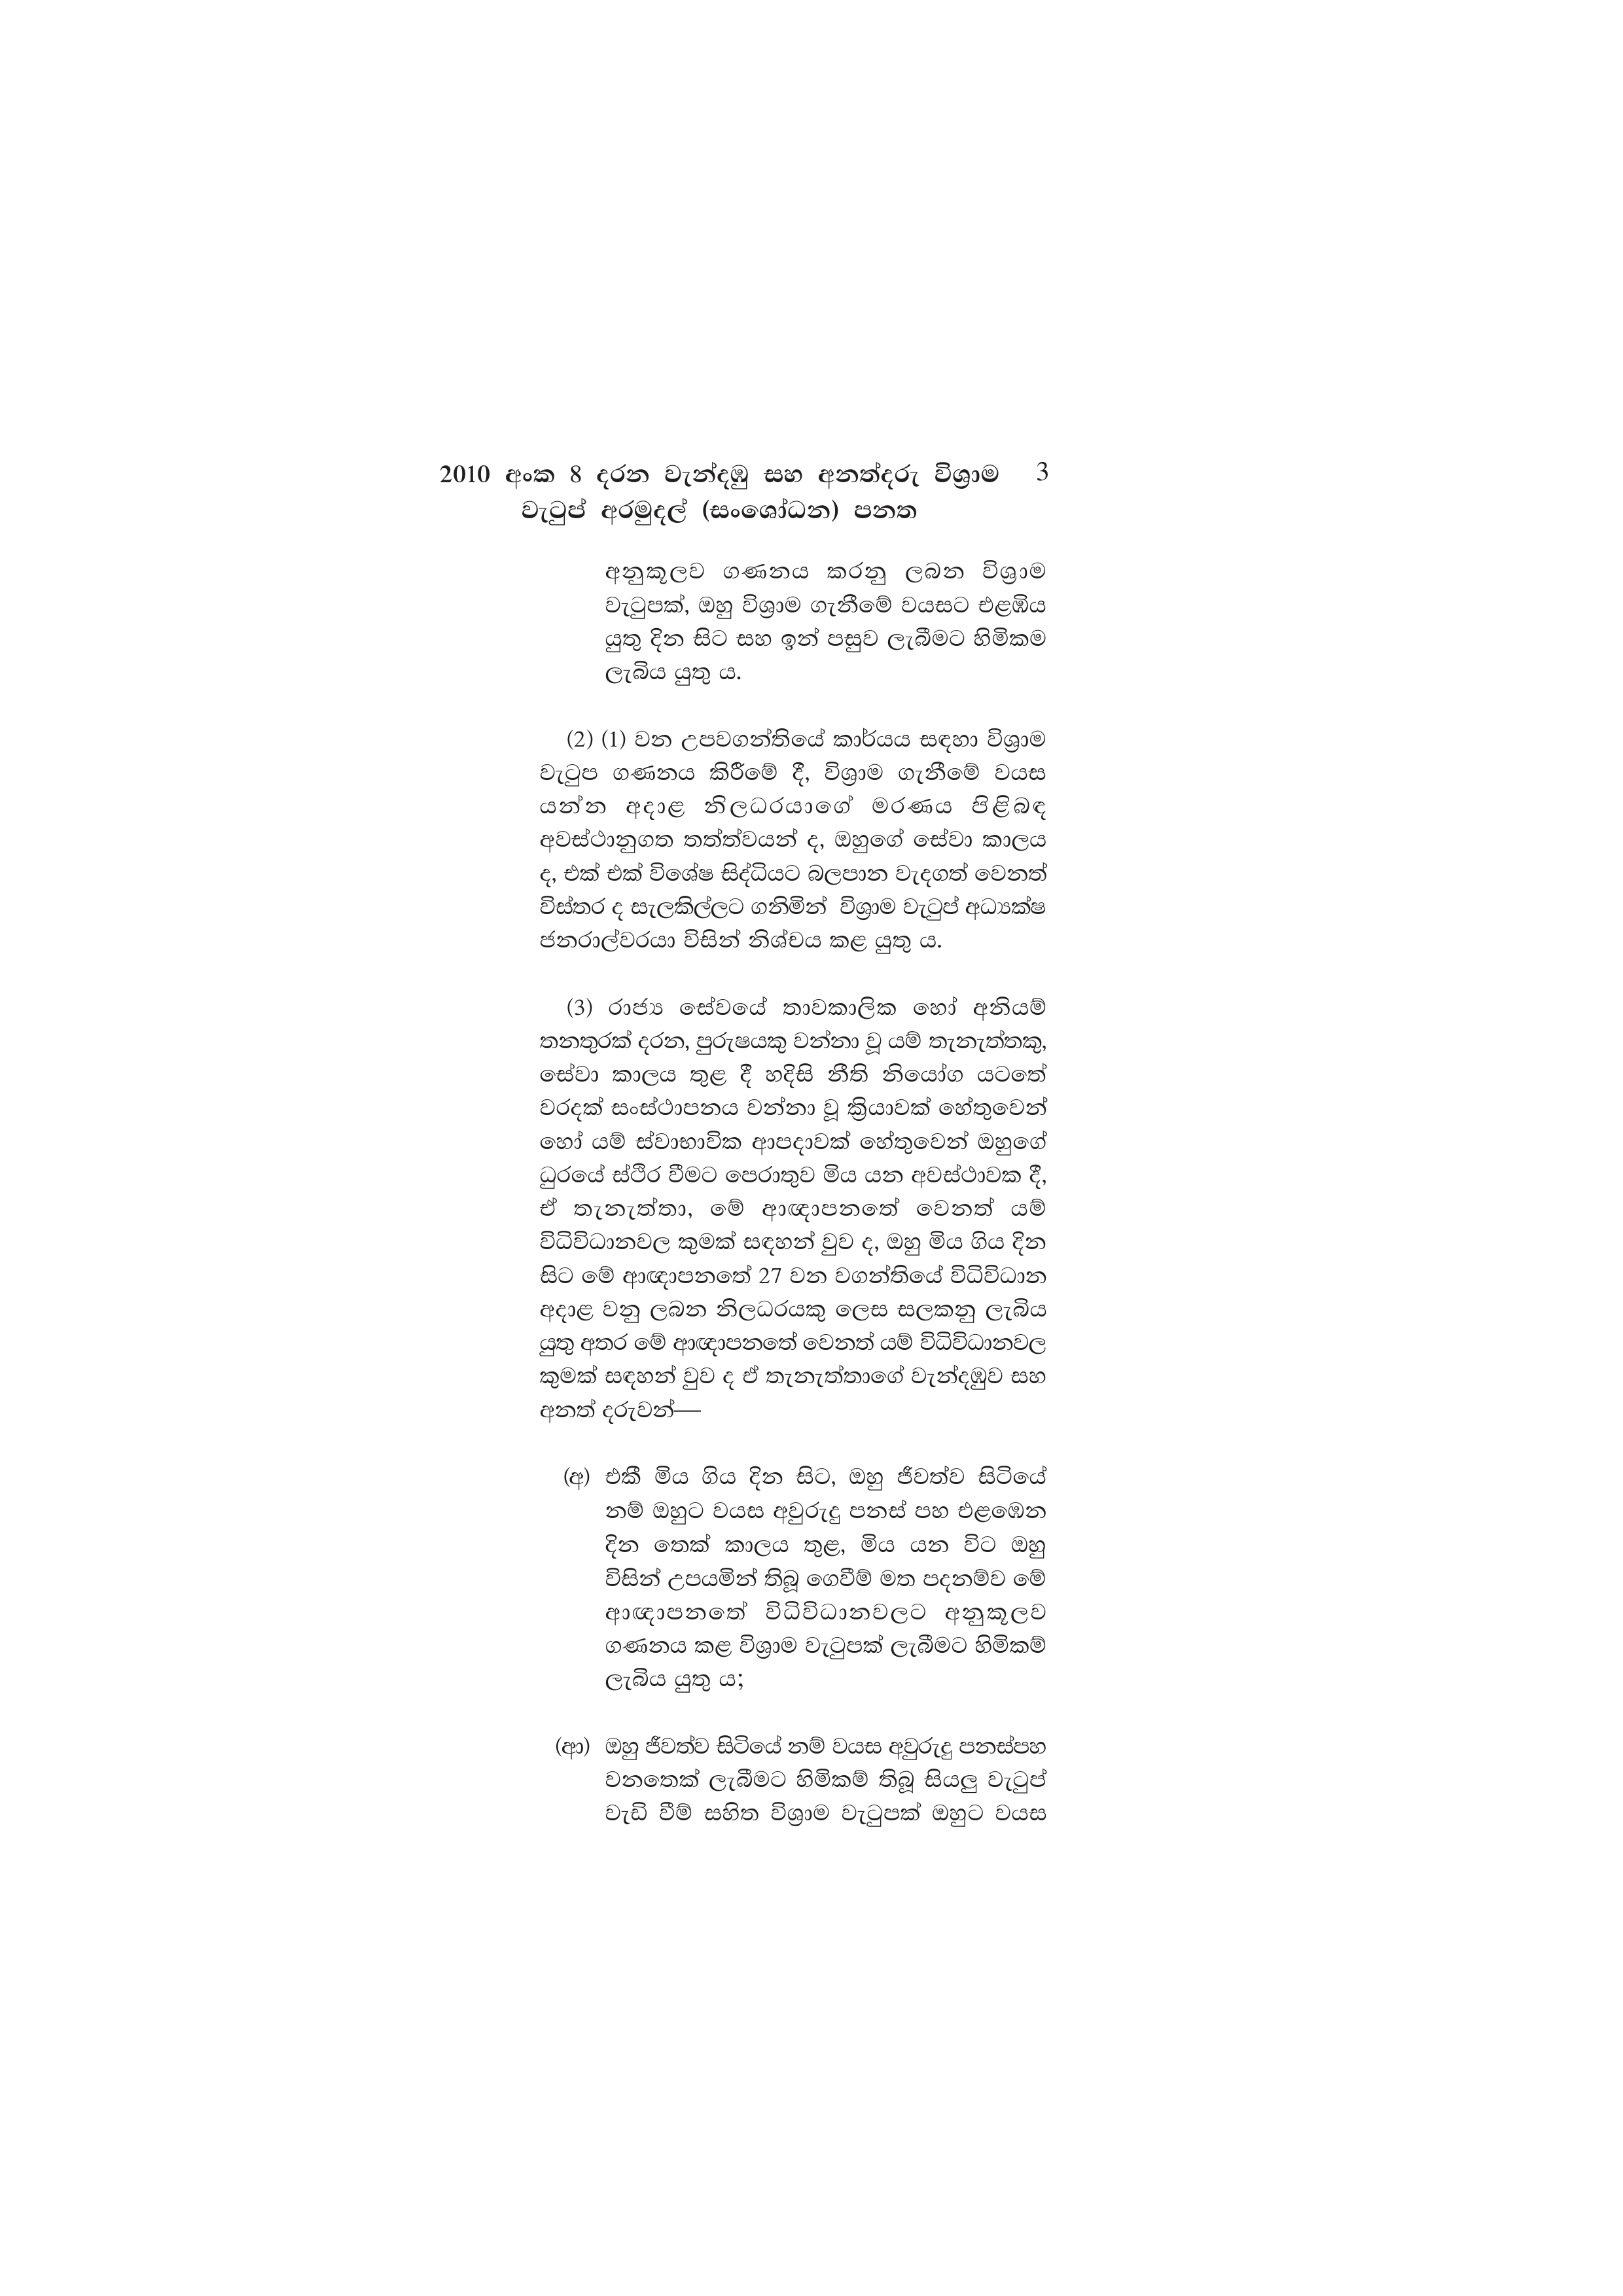
2010 අංක 8 දරන වැන්දඹු සහ අනත්දරු විශ්‍රාම 3
වැටුප් අරමුදල් (සංශෝධන) පනත

අනුකූලව ගණනය කරනු ලබන විශ්‍රාම
වැටුපක්, ඔහු විශ්‍රාම ගැනීමේ වයසට එළඹිය
යුතු දින සිට සහ ඉන් පසුව ලැබීමට හිමිකම
ලැබිය යුතු ය.

(2) (1) වන උපවගන්තියේ කාර්යය සඳහා විශ්‍රාම
වැටුප ගණනය කිරීමේ දී, විශ්‍රාම ගැනීමේ වයස
යන්න අදාළ නිලධරයාගේ මරණය පිළිබඳ
අවස්ථානුගත තත්ත්වයන් ද, ඔහුගේ සේවා කාලය
ද, එක් එක් විශේෂ සිද්ධියට බලපාන වැදගත් වෙනත්
විස්තර ද සැලකිල්ලට ගනිමින් විශ්‍රාම වැටුප් අධ්‍යක්ෂ
ජනරාල්වරයා විසින් නිශ්චය කළ යුතු ය.

(3) රාජ්‍ය සේවයේ තාවකාලික හෝ අනියම්
තනතුරක් දරන, පුරුෂයකු වන්නා වූ යම් තැනැත්තකු,
සේවා කාලය තුළ දී හදිසි නීති නියෝග යටතේ
වරදක් සංස්ථාපනය වන්නා වූ ක්‍රියාවක් හේතුවෙන්
හෝ යම් ස්වාභාවික ආපදාවක් හේතුවෙන් ඔහුගේ
ධුරයේ ස්ථිර වීමට පෙරාතුව මිය යන අවස්ථාවක දී,
ඒ තැනැත්තා, මේ ආඥාපනතේ වෙනත් යම්
විධිවිධානවල කුමක් සඳහන් වුව ද, ඔහු මිය ගිය දින
සිට මේ ආඥාපනතේ 27 වන වගන්තියේ විධිවිධාන
අදාළ වනු ලබන නිලධරයකු ලෙස සලකනු ලැබිය
යුතු අතර මේ ආඥාපනතේ වෙනත් යම් විධිවිධානවල
කුමක් සඳහන් වුව ද ඒ තැනැත්තාගේ වැන්දඹුව සහ
අනත් දරුවන්—

(අ) එකී මිය ගිය දින සිට, ඔහු ජීවත්ව සිටියේ
නම් ඔහුට වයස අවුරුදු පනස් පහ එළඹෙන
දින තෙක් කාලය තුළ, මිය යන විට ඔහු
විසින් උපයමින් තිබූ ගෙවීම් මත පදනම්ව මේ
ආඥාපනතේ විධිවිධානවලට අනුකූලව
ගණනය කළ විශ්‍රාම වැටුපක් ලැබීමට හිමිකම්
ලැබිය යුතු ය;

(ආ) ඔහු ජීවත්ව සිටියේ නම් වයස අවුරුදු පනස්පහ
වනතෙක් ලැබීමට හිමිකම් තිබූ සියලු වැටුප්
වැඩි වීම් සහිත විශ්‍රාම වැටුපක් ඔහුට වයස